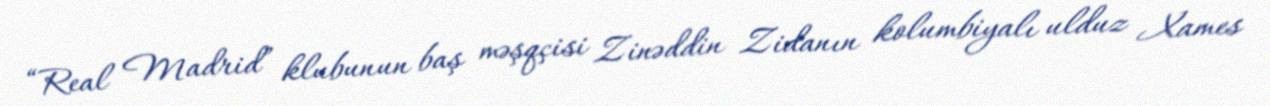
“Real Madrid” klubunun baş məşqçisi Zinəddin Zidanın kolumbiyalı ulduz Xames